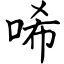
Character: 唏